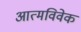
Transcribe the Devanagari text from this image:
आत्मविवेक